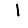
Digit: 1